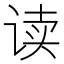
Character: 读